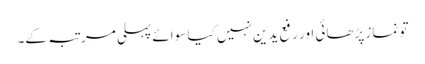
تو نماز پڑھائی اور رفع یدین نہیں کیا سوائے پہلی مرتبہ کے۔